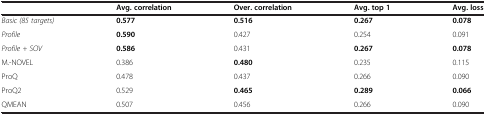
<table><thead><tr><td><b> </b></td><td><b>Avg. correlation</b></td><td><b>Over. correlation</b></td><td><b>Avg. top 1</b></td><td><b>Avg. loss</b></td></tr></thead><tbody><tr><td><i>Basic (85 targets)</i></td><td><b>0.577</b></td><td><b>0.516</b></td><td><b>0.267</b></td><td><b>0.078</b></td></tr><tr><td><i>Profile</i></td><td><b>0.590</b></td><td>0.427</td><td>0.254</td><td>0.091</td></tr><tr><td><i>Profile + SOV</i></td><td><b>0.586</b></td><td>0.431</td><td><b>0.267</b></td><td><b>0.078</b></td></tr><tr><td>M.-NOVEL</td><td>0.386</td><td><b>0.480</b></td><td>0.235</td><td>0.115</td></tr><tr><td>ProQ</td><td>0.478</td><td>0.437</td><td>0.266</td><td>0.090</td></tr><tr><td>ProQ2</td><td>0.529</td><td><b>0.465</b></td><td><b>0.289</b></td><td><b>0.066</b></td></tr><tr><td>QMEAN</td><td>0.507</td><td>0.456</td><td>0.266</td><td>0.090</td></tr></tbody></table>